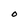
Character: O